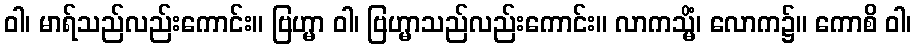
ဝါ၊ မာရ်သည်လည်းကောင်း။ ဗြဟ္မာ ဝါ၊ ဗြဟ္မာသည်လည်းကောင်း။ လာကသ္မိံ၊ လောက၌။ ကောစိ ဝါ၊